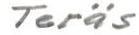
Teräs